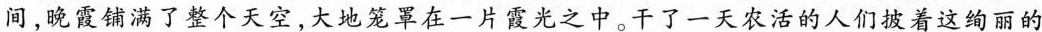
间，晚霞铺满了整个天空，大地笼罩在一片霞光之中。干了一天农活的人们披着这绚丽的